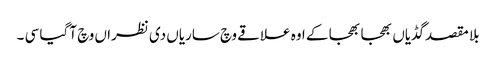
بلا مقصد گڈیاں بھجا بھجا کے اوہ علاقے وچ ساریاں دی نظرا ں وچ آ گیا سی ۔